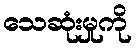
သေဆုံးမှုကို